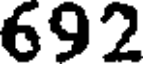
692